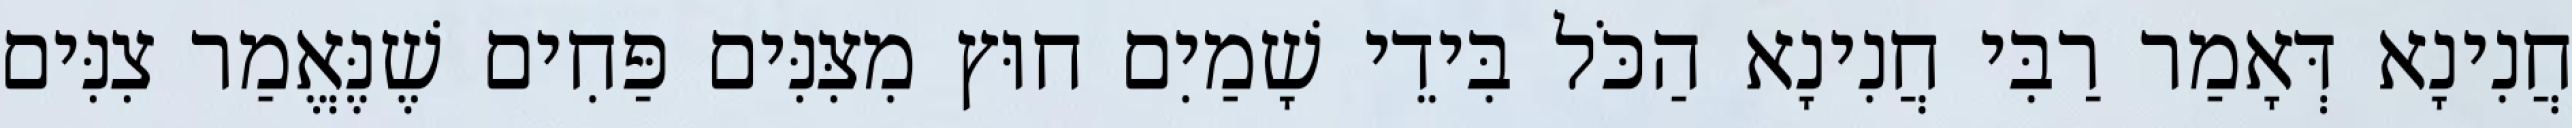
חֲנִינָא דְּאָמַר רַבִּי חֲנִינָא הַכֹּל בִּידֵי שָׁמַיִם חוּץ מִצִּנִּים פַּחִים שֶׁנֶּאֱמַר צִנִּים